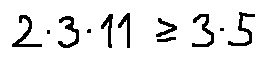
2 \cdot 3 \cdot 1 1 \geq 3 \cdot 5